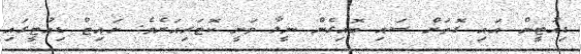
ޑިއުޓީން އައި ގޮތަށް ސައި ބޮއިގެން ނީލާ ވަނީ ކޮޓަރިއަށެވެ. ނައިޓް ޑިއުޓީގައި